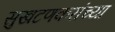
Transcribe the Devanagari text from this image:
सुखटणकरांच्या